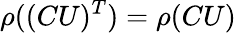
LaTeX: \rho((CU)^{T})=\rho(CU)